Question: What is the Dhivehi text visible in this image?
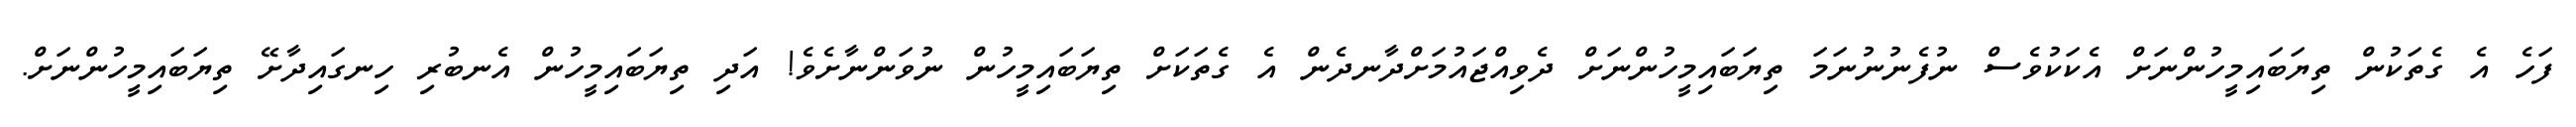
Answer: ފަހެ އެ ގެތަކުން ތިޔަބައިމީހުންނަށް އެކަކުވެސް ނުފެނުނުނަމަ ތިޔަބައިމީހުންނަށް ދެވިއްޖައުމަށްދާނދެން އެ ގެތަކަށް ތިޔަބައިމީހުން ނުވަންނާށެވެ! އަދި ތިޔަބައިމީހުން އެނބުރި ހިނގައިދާށޭ ތިޔަބައިމީހުންނަށް.